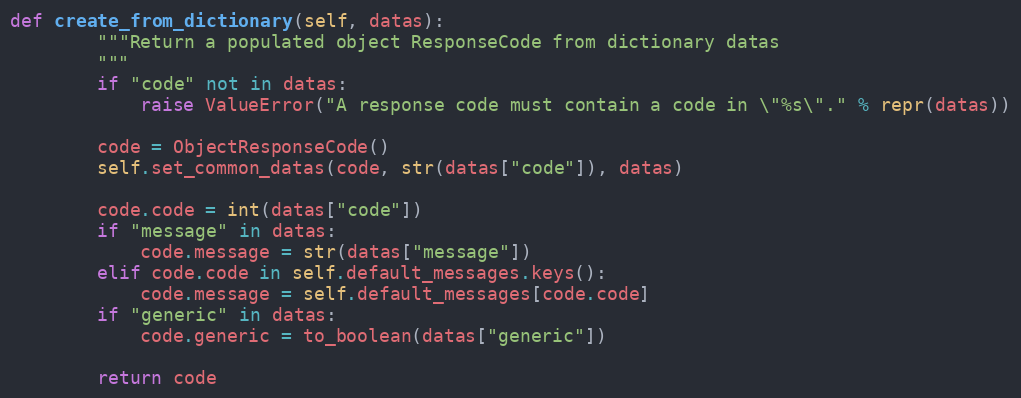
Language: Python
def create_from_dictionary(self, datas):
        """Return a populated object ResponseCode from dictionary datas
        """
        if "code" not in datas:
            raise ValueError("A response code must contain a code in \"%s\"." % repr(datas))

        code = ObjectResponseCode()
        self.set_common_datas(code, str(datas["code"]), datas)

        code.code = int(datas["code"])
        if "message" in datas:
            code.message = str(datas["message"])
        elif code.code in self.default_messages.keys():
            code.message = self.default_messages[code.code]
        if "generic" in datas:
            code.generic = to_boolean(datas["generic"])

        return code